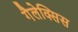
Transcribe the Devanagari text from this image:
गैलेक्सिस